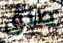
طبق